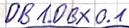
Text: DB1.DBX0.1